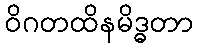
ဝိဂတထိနမိဒ္ဓတာ